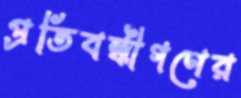
প্রতিবন্ধীগণের